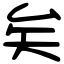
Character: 矣